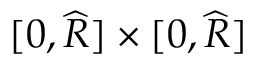
[ 0 , \widehat { R } ] \times [ 0 , \widehat { R } ]